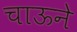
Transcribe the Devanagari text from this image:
चाऊने